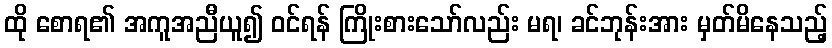
ထို စောရ၏ အကူအညီယူ၍ ဝင်ရန် ကြိုးစားသော်လည်း မရ၊ ခင်ဘုန်းအား မှတ်မိနေသည့်